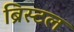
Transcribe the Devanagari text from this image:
ब्रिस्‍टल